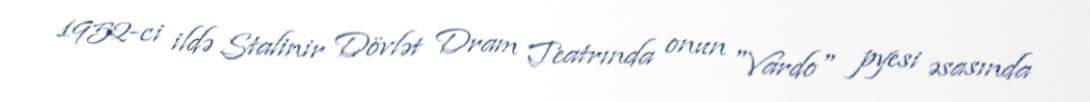
1952-ci ildə Stalinir Dövlət Dram Teatrında onun "Vardo" pyesi əsasında